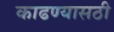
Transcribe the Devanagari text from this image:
काढण्यासठी